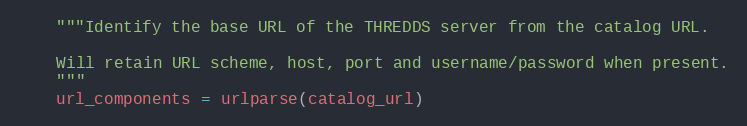
Language: Python
    """Identify the base URL of the THREDDS server from the catalog URL.

    Will retain URL scheme, host, port and username/password when present.
    """
    url_components = urlparse(catalog_url)